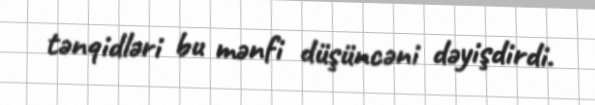
tənqidləri bu mənfi düşüncəni dəyişdirdi.